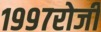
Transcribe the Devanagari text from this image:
१९९७रोजी